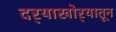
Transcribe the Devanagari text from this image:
दर्‍याखोर्‍यातून